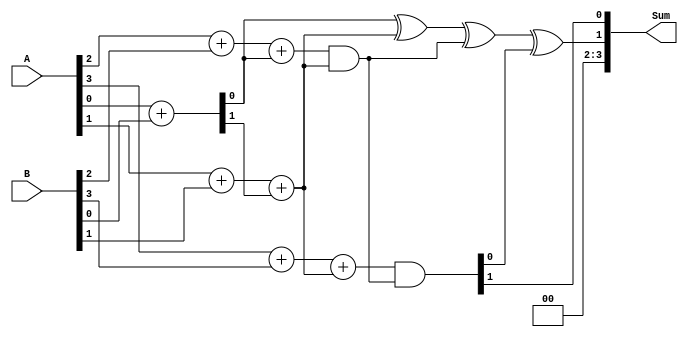
module CarrySkipAdder (
    input [3:0] A, B,
    output [3:0] Sum
);

wire [3:0] c, p, g;

assign {c[0], p[0]} = A[0] + B[0];
assign {c[1], p[1]} = A[1] + B[1] + c[0];
assign {c[2], p[2]} = A[2] + B[2] + p[0] & p[1];
assign {c[3], p[3]} = A[3] + B[3] + p[1] & p[2];

assign Sum = {p[0] ^ p[1] ^ p[2] ^ p[3], c[3]};

endmodule